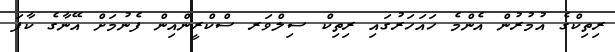
ރިތިކްގެ އުމުރުން އެންމެ ހައަހަރުގައި ރިތިކް ސިލްވަރ ސްކްރީންއިން ފެނުމަށް އޭނާގެ ކާފަ